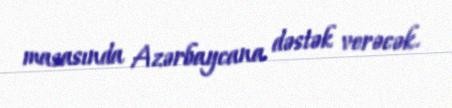
masasında Azərbaycana dəstək verəcək.